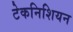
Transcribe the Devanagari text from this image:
टेकनिशियन